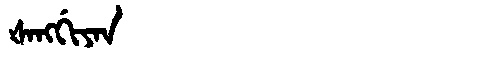
Manchu: ᡧᠠᠩᡤᡳᠶᠠᠨ
Romanization: ŠANGGIYAN